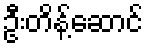
ဦးတိန့်ဆောင်